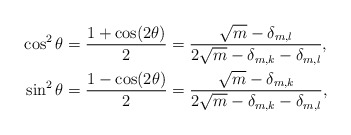
\begin{align*}\cos^2 \theta & =\frac{1+\cos(2 \theta)}{2}= \frac{\sqrt{m} - \delta_{m,l} }{2 \sqrt{m} - \delta_{m,k} - \delta_{m,l}},\\\sin^2 \theta & =\frac{1-\cos(2 \theta)}{2}= \frac{\sqrt{m} - \delta_{m,k} }{2 \sqrt{m} - \delta_{m,k} - \delta_{m,l}},\end{align*}